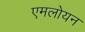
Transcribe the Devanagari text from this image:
एमलोयन